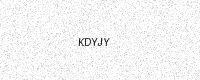
Text: KDYJY